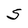
Character: S